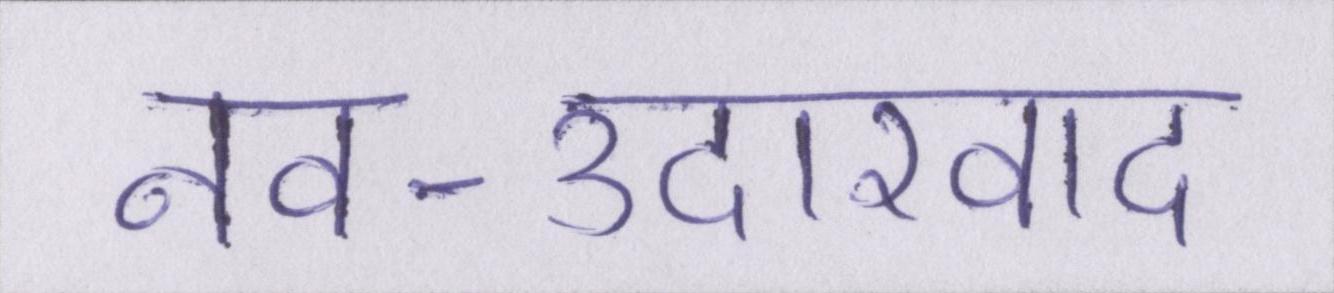
नव-उदारवाद